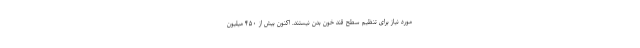
مورد نیاز برای تنظیم سطح قند خون بدن نیستند. اکنون بیش از ۴۵۰ میلیون